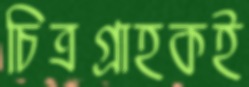
চিত্রগ্রাহকই